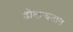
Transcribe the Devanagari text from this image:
डोकावतात